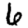
Digit: 6